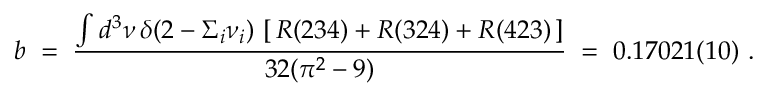
b \; = \; \frac { \int d ^ { 3 } \nu \, \delta ( 2 - \Sigma _ { i } \nu _ { i } ) \, \left[ \, R ( 2 3 4 ) + R ( 3 2 4 ) + R ( 4 2 3 ) \, \right] } { 3 2 ( \pi ^ { 2 } - 9 ) } \; = \; 0 . 1 7 0 2 1 ( 1 0 ) \ .